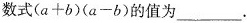
数式$$( a + b ) ( a - b )$$的值为___.